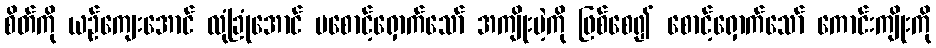
စိတ်ကို ယဉ်ကျေးအောင် လုံခြုံအောင် မစောင့်ရှောက်သော် အကျိုးမဲ့ကို ဖြစ်စေ၍ စောင့်ရှောက်သော် ကောင်းကျိုးကို